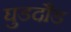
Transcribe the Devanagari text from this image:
घुडदौड